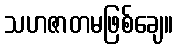
သဟဇာတမဖြစ်ချေ။